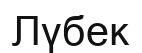
Лүбек